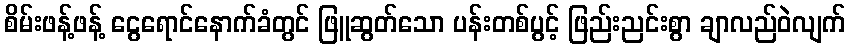
စိမ်းဖန့်ဖန့် ငွေရောင်နောက်ခံတွင် ဖြူဆွတ်သော ပန်းတစ်ပွင့် ဖြည်းညင်းစွာ ချာလည်ဝဲလျက်